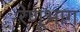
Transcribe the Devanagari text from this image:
रेणूभाग